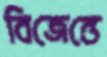
বিজেন্তে